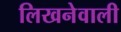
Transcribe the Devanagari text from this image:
लिखनेवाली